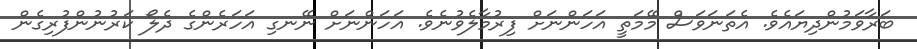
ބަރާވަމުންދިޔައެވެ. އެތަނަވަސް މޭމަތީ އަހަންނަށް ފިރުމާލެވުނެވެ. އަހަންނަށް ނޭނގި އަހަރެންގެ ދެލޯ ކަރުނުންފުރިގެން